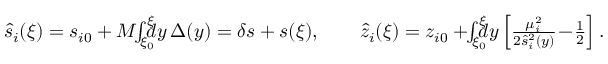
\begin{array} { r } { \hat { s } _ { i } ( \xi ) = s _ { i 0 } + M \! \! \int _ { \xi _ { 0 } } ^ { \xi } \! \! \! \! d y \, \Delta ( y ) = \delta s + s ( \xi ) , \qquad \hat { z } _ { i } ( \xi ) = z _ { i 0 } + \! \! \int _ { \xi _ { 0 } } ^ { \xi } \! \! \! \! d y \left[ \frac { \mu _ { i } ^ { 2 } } { 2 \hat { s } _ { i } ^ { 2 } ( y ) } \! - \! \frac 1 2 \right] . } \end{array}